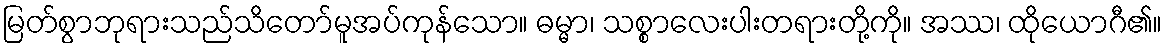
မြတ်စွာဘုရားသည်သိတော်မူအပ်ကုန်သော။ ဓမ္မာ၊ သစ္စာလေးပါးတရားတို့ကို။ အဿ၊ ထိုယောဂီ၏။